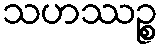
သဟဿဉ္စ